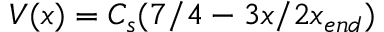
V ( x ) = C _ { s } ( 7 / 4 - 3 x / 2 x _ { e n d } )